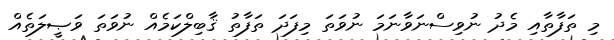
މި ތަފާތާއި މެދު ނުވިސްނަވާނަމަ ނުވަތަ މިފަދަ ތަފާތު ޤާބިލްކަމެއް ނުވަތަ ވަޞީލަތެއް